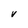
Character: V